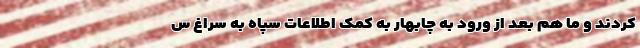
کردند و ما هم بعد از ورود به چابهار به کمک اطلاعات سپاه به سراغ س